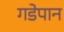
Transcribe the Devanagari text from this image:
गडेपान